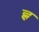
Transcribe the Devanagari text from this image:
ह्ल